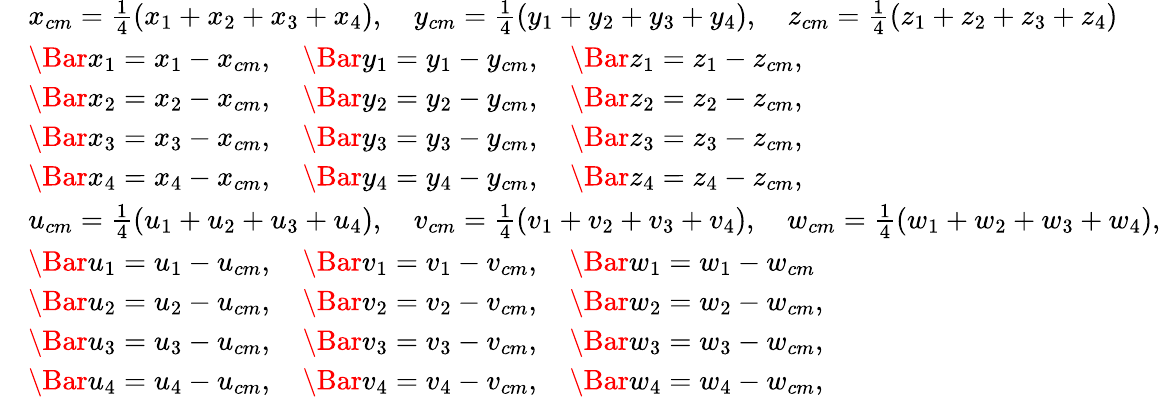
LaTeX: \begin{array}{rl}&{x_{cm}=\frac{1}{4}(x_{1}+x_{2}+x_{3}+x_{4}),\quad y_{cm}=\frac{1}{4}(y_{1}+y_{2}+y_{3}+y_{4}),\quad z_{cm}=\frac{1}{4}(z_{1}+z_{2}+z_{3}+z_{4})}\\ &{\Bar{x}_{1}=x_{1}-x_{cm},\quad\Bar{y}_{1}=y_{1}-y_{cm},\quad\Bar{z}_{1}=z_{1}-z_{cm},}\\ &{\Bar{x}_{2}=x_{2}-x_{cm},\quad\Bar{y}_{2}=y_{2}-y_{cm},\quad\Bar{z}_{2}=z_{2}-z_{cm},}\\ &{\Bar{x}_{3}=x_{3}-x_{cm},\quad\Bar{y}_{3}=y_{3}-y_{cm},\quad\Bar{z}_{3}=z_{3}-z_{cm},}\\ &{\Bar{x}_{4}=x_{4}-x_{cm},\quad\Bar{y}_{4}=y_{4}-y_{cm},\quad\Bar{z}_{4}=z_{4}-z_{cm},}\\ &{u_{cm}=\frac{1}{4}(u_{1}+u_{2}+u_{3}+u_{4}),\quad v_{cm}=\frac{1}{4}(v_{1}+v_{2}+v_{3}+v_{4}),\quad w_{cm}=\frac{1}{4}(w_{1}+w_{2}+w_{3}+w_{4}),}\\ &{\Bar{u}_{1}=u_{1}-u_{cm},\quad\Bar{v}_{1}=v_{1}-v_{cm},\quad\Bar{w}_{1}=w_{1}-w_{cm}}\\ &{\Bar{u}_{2}=u_{2}-u_{cm},\quad\Bar{v}_{2}=v_{2}-v_{cm},\quad\Bar{w}_{2}=w_{2}-w_{cm},}\\ &{\Bar{u}_{3}=u_{3}-u_{cm},\quad\Bar{v}_{3}=v_{3}-v_{cm},\quad\Bar{w}_{3}=w_{3}-w_{cm},}\\ &{\Bar{u}_{4}=u_{4}-u_{cm},\quad\Bar{v}_{4}=v_{4}-v_{cm},\quad\Bar{w}_{4}=w_{4}-w_{cm},}\end{array}